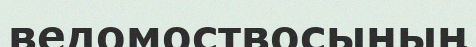
ведомоствосының